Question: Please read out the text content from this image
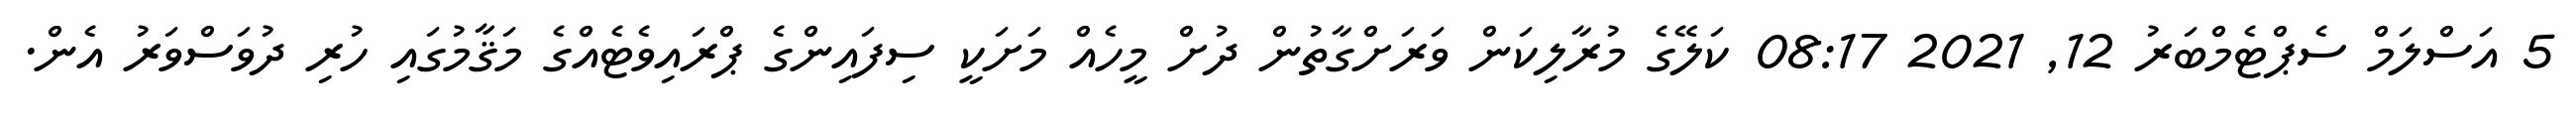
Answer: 5 އަސްލަމް ސެޕްޓެމްބަރު 12, 2021 08:17 ކަލޭގެ މުރާލިކަން ވަރަށްގާތުން ދުށް މީހެއް މަށަކީ ސިފައިންގެ ޕްރައިވެޓެއްގެ މަޤާމުގައި ހުރި ދުވަސްވަރު އެން.